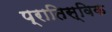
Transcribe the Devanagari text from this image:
प्रातिस्विक